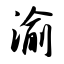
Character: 渝